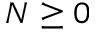
N \geq 0